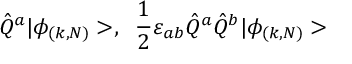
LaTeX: \hat { Q } ^ { a } | \phi _ { ( k , N ) } > , \; \; \frac { 1 } { 2 } \varepsilon _ { a b } \hat { Q } ^ { a } \hat { Q } ^ { b } | \phi _ { ( k , N ) } >